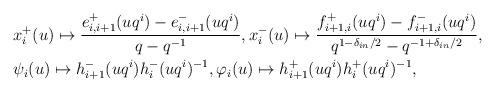
LaTeX: \begin{align*} & x^+_i(u)\mapsto \frac{e^+_{i,i+1}(uq^i)-e^-_{i,i+1}(uq^i)}{q-q^{-1}}, x^-_i(u) \mapsto \frac{f^+_{i+1,i}(uq^i)-f^-_{i+1,i}(uq^i)}{q^{1-\delta_{in}/2}-q^{-1+\delta_{in}/2}}, \\ & \psi_i(u)\mapsto h^-_{i+1}(uq^i)h^-_{i}(uq^i)^{-1}, \varphi_i(u)\mapsto h^+_{i+1}(uq^i)h^+_{i}(uq^i)^{-1},\end{align*}